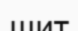
шит